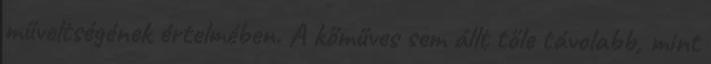
műveltségének értelmében. A kőműves sem állt tőle távolabb, mint